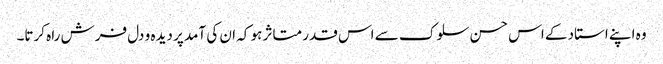
وہ اپنے استاد کے اس حسن سلوک سے اس قدر متاثر ہو کہ ان کی آمد پر دیدہ و دل فرش راہ کرتا۔